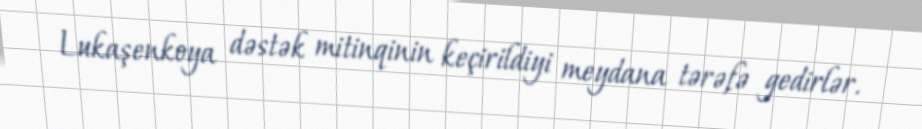
Lukaşenkoya dəstək mitinqinin keçirildiyi meydana tərəfə gedirlər.